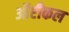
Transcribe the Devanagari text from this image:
ऑप्टीकल